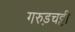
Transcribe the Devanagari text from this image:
गरुड़चट्टी